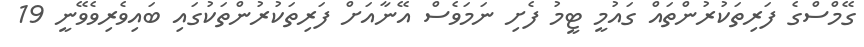
ގޭމްސްގެ ފަރިތަކުރުންތައް ގައުމީ ޓީމު ފެށި ނަމަވެސް އޭނާއަށް ފަރިތަކުރުންތަކުގައި ބައިވެރިވެވޭނީ 19